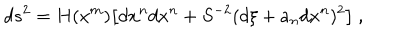
d s ^ { 2 } = H ( x ^ { m } ) \bigl [ d x ^ { n } d x ^ { n } + S ^ { - 2 } ( d \xi + a _ { n } d x ^ { n } ) ^ { 2 } \bigr ] \ ,